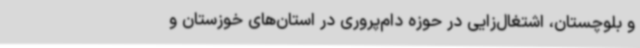
و بلوچستان، اشتغال‌زایی در حوزه دام‌پروری در استان‌های خوزستان و